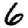
Digit: 6